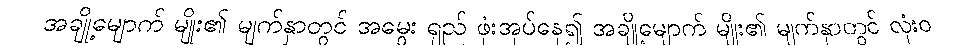
အချို့မျောက် မျိုး၏ မျက်နှာတွင် အမွေး ရှည် ဖုံးအုပ်နေ၍ အချို့မျောက် မျိုး၏ မျက်နှာတွင် လုံးဝ